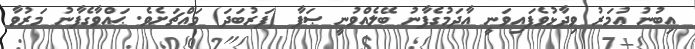
އިބުނު ޢުމަރު ވިދާޅުވެފައިވަނީ އާދަމުގެފާނު ބޭލެއްވުނީ ޞަފާ (ފަރުބަދަ) މައްޗަށެވެ. ޙައްވާގެފާނު މަރުވާ